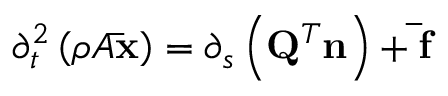
\partial _ { t } ^ { 2 } \left( \rho A \mathbf { \bar { x } } \right) = \partial _ { s } \left( \mathbf { Q } ^ { T } \mathbf { n } \right) + \mathbf { \bar { f } }